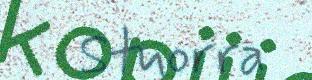
Stuorra